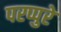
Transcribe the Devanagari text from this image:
परप्पुरे